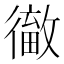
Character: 𢕹